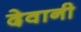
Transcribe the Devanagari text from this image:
देवानी